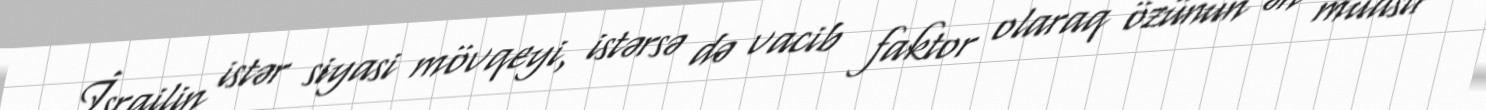
İsrailin istər siyasi mövqeyi, istərsə də vacib faktor olaraq özünün ən müasir